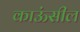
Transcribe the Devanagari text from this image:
काऊंसील